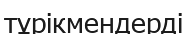
тұрікмендерді